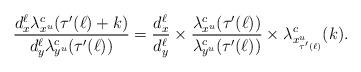
LaTeX: \begin{align*}\frac{d^\ell_x\lambda^c_{x^u}(\tau'(\ell)+k)}{ d^\ell_y\lambda^c_{y^u}(\tau'(\ell))}=\frac{d^\ell_x}{d^\ell_y}\times\frac{\lambda^c_{x^u}(\tau'(\ell))}{\lambda^c_{y^u}(\tau'(\ell))}\times \lambda^c_{x^u_{\tau'(\ell)}}(k).\end{align*}